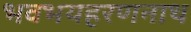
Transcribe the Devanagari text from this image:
भवभयहरणनाथ